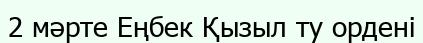
2 мәрте Еңбек Қызыл ту ордені